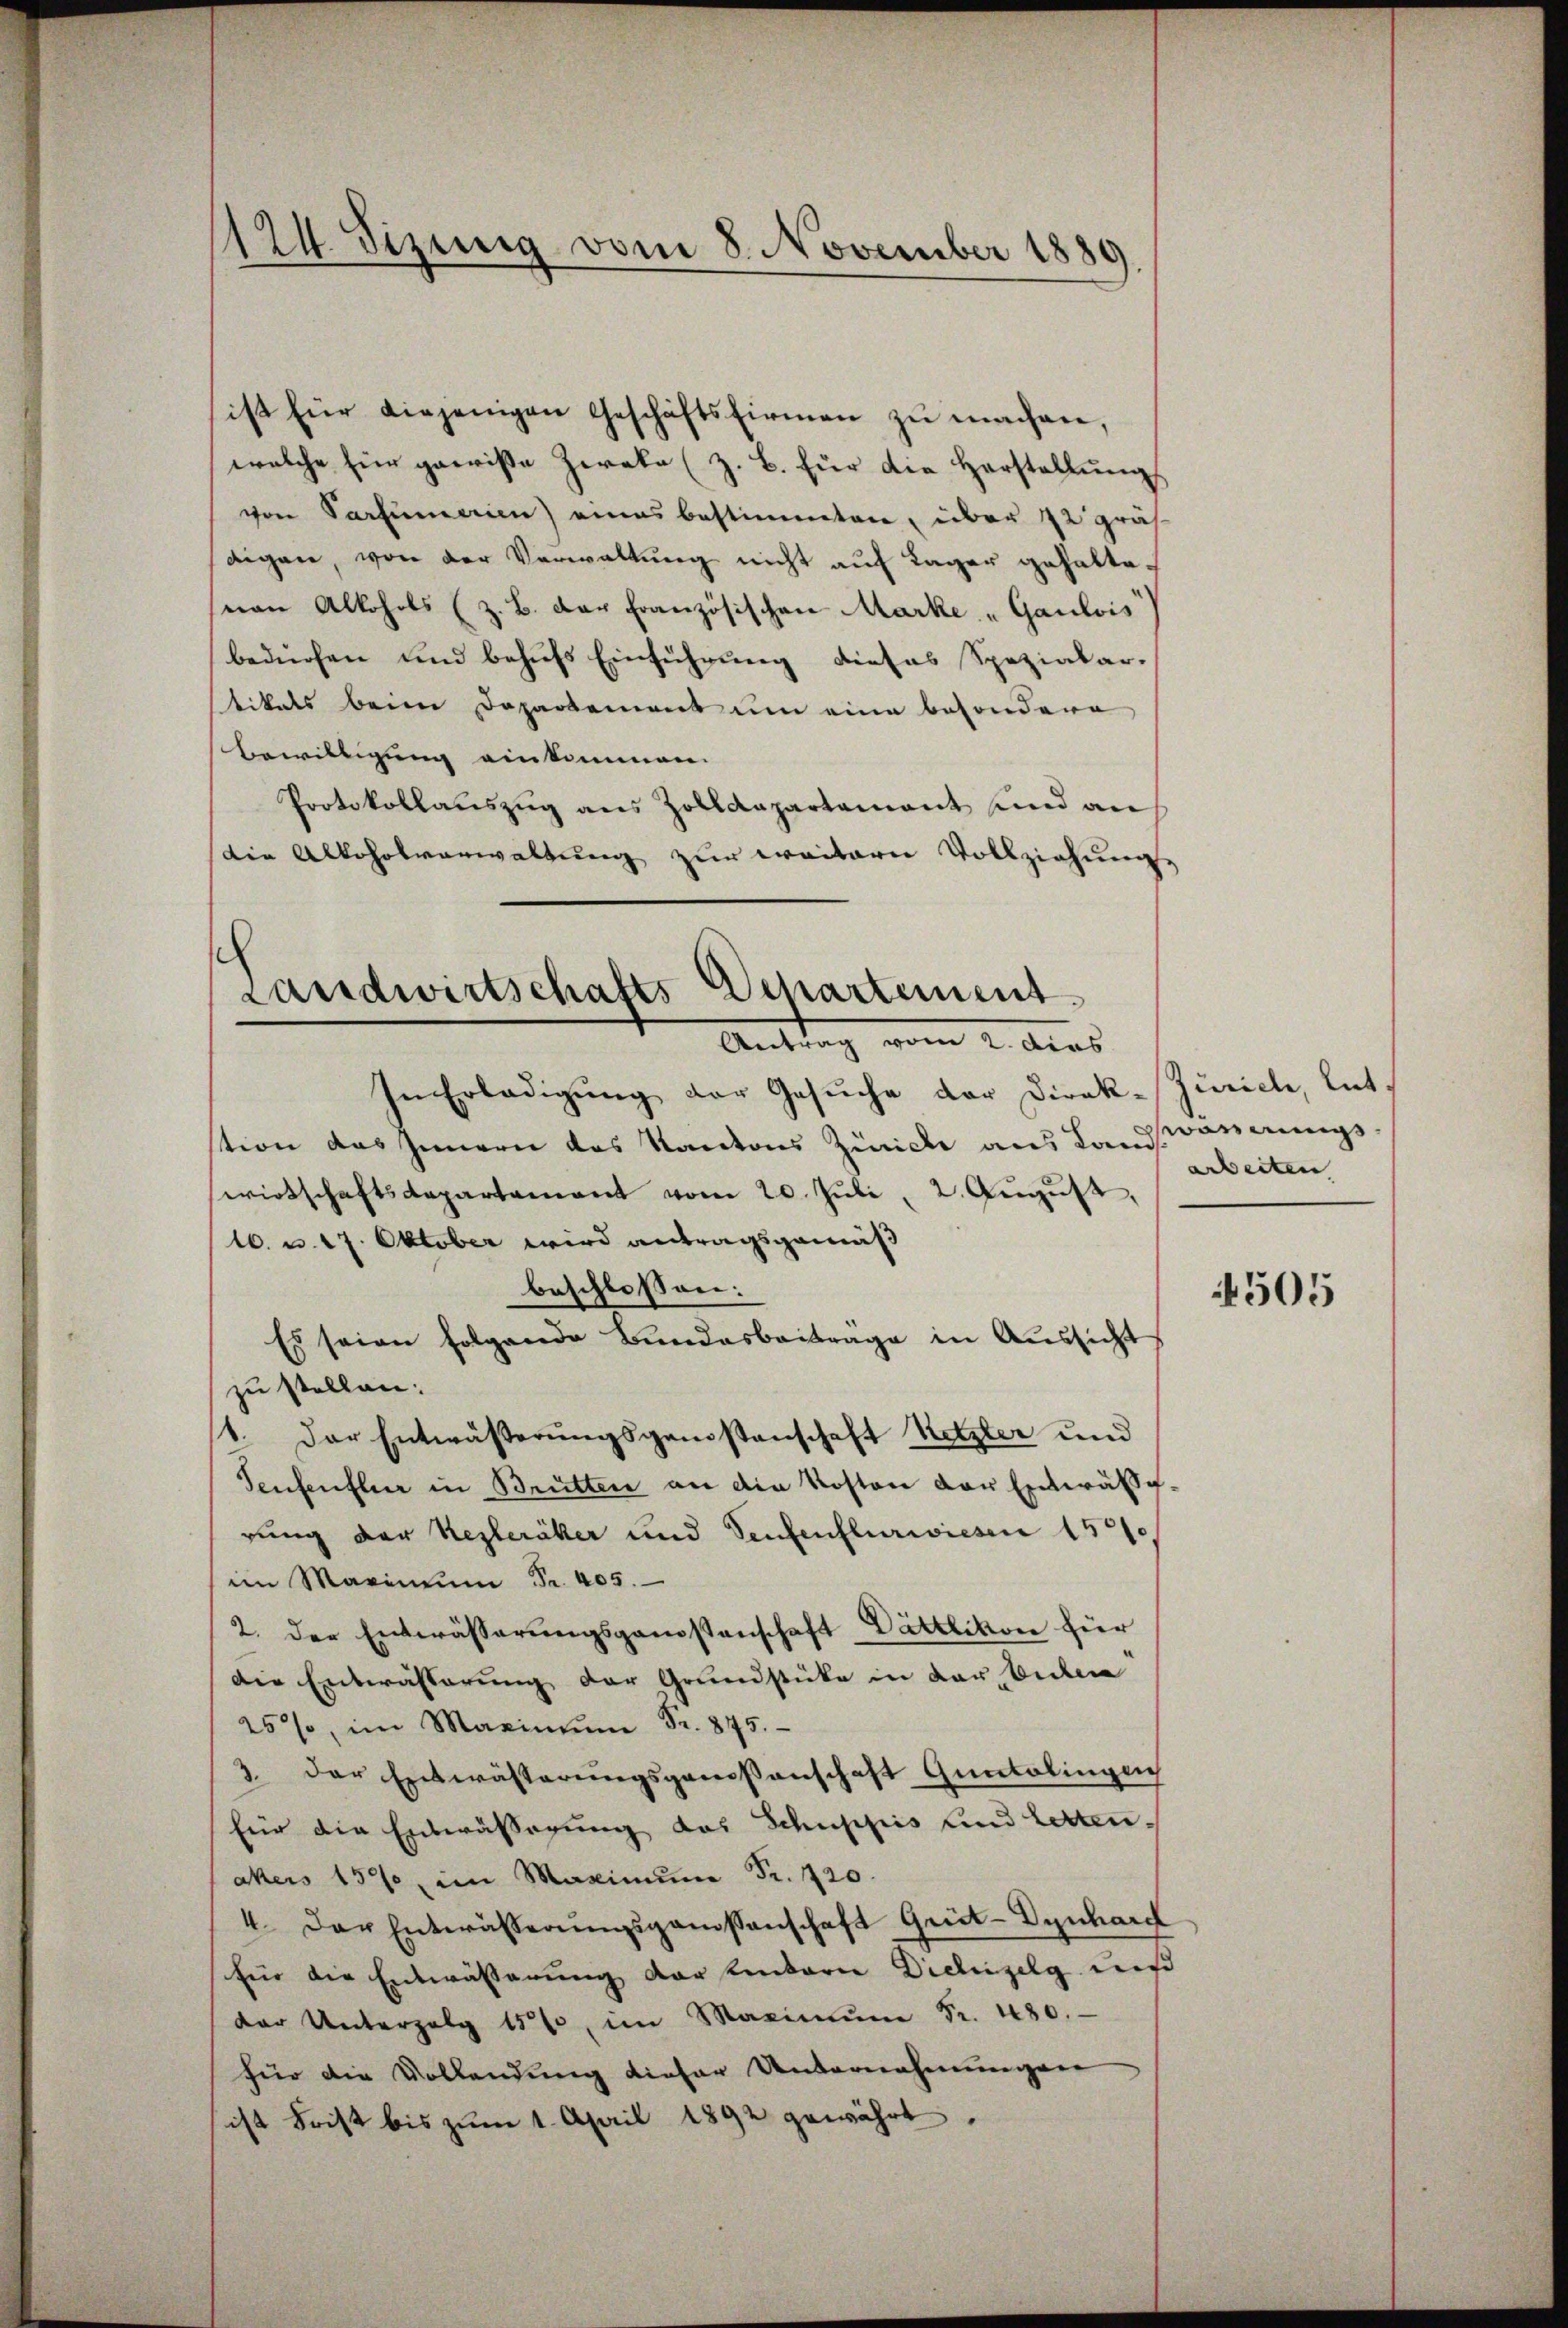
124. Sizung vom 8. November 1889

ist für diejenigen Geschäftsfirmen zŭ machen,
welche für gewiße Zweke (z. B. für die Horstellung
von Parfumerien) eines bestimmten, über 22 präs
digen, von der Verwaltung nicht auf Lager gehaltenan Alkohols (z. B. der Französischen Marke „Gaulvis
bedürfen und behufs Einführung dieses Spezialar-
tikals beim Departement um eine besondere
Bewilligung einkommen.
Protokollauszug aus Zolldepartement und an
Die Alkoholverwaltung zur weitern Vollziehungs

Landwirtschafts Departement
Antrag vom 2. Aus

In Erledigung der Gesuche der Direkstion das Innern das Kantons Zürich aus Land
wirtschaftsdepartamant vom 20. Jŭli 2. Aŭgŭst,
16. v. 17. Oktober wird antragsgemäß
beschlossen:
Es seien folgende Bundesbeitrage in Aŭssicht
zu stellen:
1. Der Entwässerungsgenstenschaft Netzter und
Teufenfler in Brütten an die Kosten der Entwässerung der Regleräker und Senfenflürwiesen 1500
im Marinum Fr. 405.
2. der Entwässerungsgenossenschaft Dättlikon für
Die Entwässerung der Grundstücke in darbulen
25%, im Maximŭm Fr. 845.
3. der Entwässerungsgenossenschaft Guntalingen
für die Entwässigung des Schuppis und Lettenakers 159, im Maximum Fr. 720.
4. Der Entwässerŭngsgenossenschaft Grüt-Dynhard
für die Entwässerung der hinterie Dichizilg mi
der Unterzog 150, im Maximŭm Fr. 480.
für die Vollendung dieser Unternehmungen
ist Frist bis zŭm 1. April 1892 gewährt,

Zürich, lit
wossungs
arbeiten

505